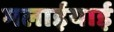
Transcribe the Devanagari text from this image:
मलाईयाई